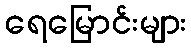
ရေမြောင်းများ